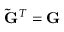
\mathbf { \tilde { G } } ^ { T } = \mathbf { G }